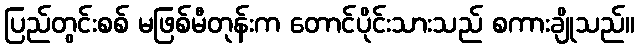
ပြည်တွင်းစစ် မဖြစ်မီတုန်းက တောင်ပိုင်းသားသည် စကားချိုသည်။